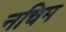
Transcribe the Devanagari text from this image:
नचिम